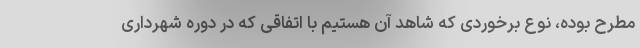
مطرح بوده، نوع برخوردی که شاهد آن هستیم با اتفاقی که در دوره شهرداری